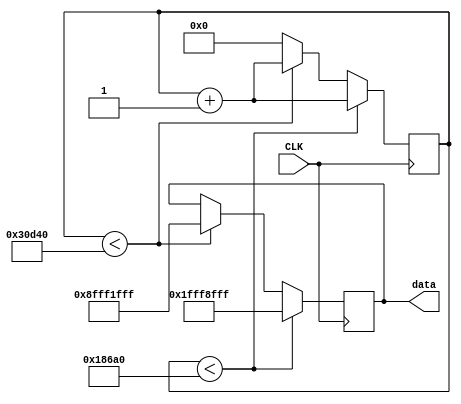
module SquareGenerator(
    input             CLK,
    output reg [31:0] data
    );
    reg [31:0] count;
    initial begin count=0; end

    always@(posedge CLK)begin
        if(count<100000)begin
            data=32'h1FFF8FFF;
            count=count+1;
        end else if(count<200000)begin
            data=32'h8FFF1FFF;
            count=count+1;
        end else begin
            count=0;
        end      
    end

endmodule